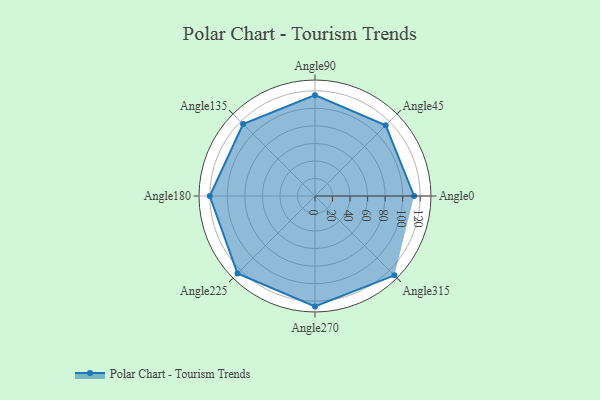
{"axis": {"x": "Angle", "y": "Radius"}, "legend": [""], "data": [{"x": "Angle0", "y": 113.0, "type": ""}, {"x": "Angle45", "y": 114.0, "type": ""}, {"x": "Angle90", "y": 115.0, "type": ""}, {"x": "Angle135", "y": 116.0, "type": ""}, {"x": "Angle180", "y": 120.0, "type": ""}, {"x": "Angle225", "y": 125.0, "type": ""}, {"x": "Angle270", "y": 126.0, "type": ""}, {"x": "Angle315", "y": 128.0, "type": ""}]}